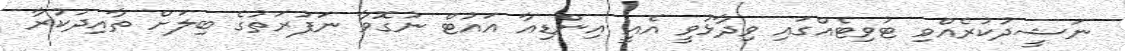
ނަޝީދުކުރެއްވި ޓުވިޓެއްގައި ވިދާޅުވީ އެއީ އިންޑިއާ އައުޓް ނުގޮވާ ނަފުރަތުގެ ބިލަށް ތާއިދުކުރާ